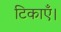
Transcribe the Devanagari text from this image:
टिकाएँ।